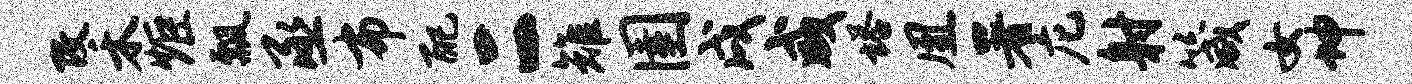
改禾炬瓢丞布配二雉圉戌咸塔凰署庀射箴女坤